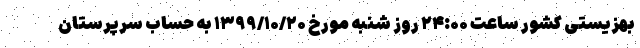
بهزیستی کشور ساعت ۲۴:۰۰ روز شنبه مورخ ۱۳۹۹/۱۰/۲۰ به حساب سرپرستان